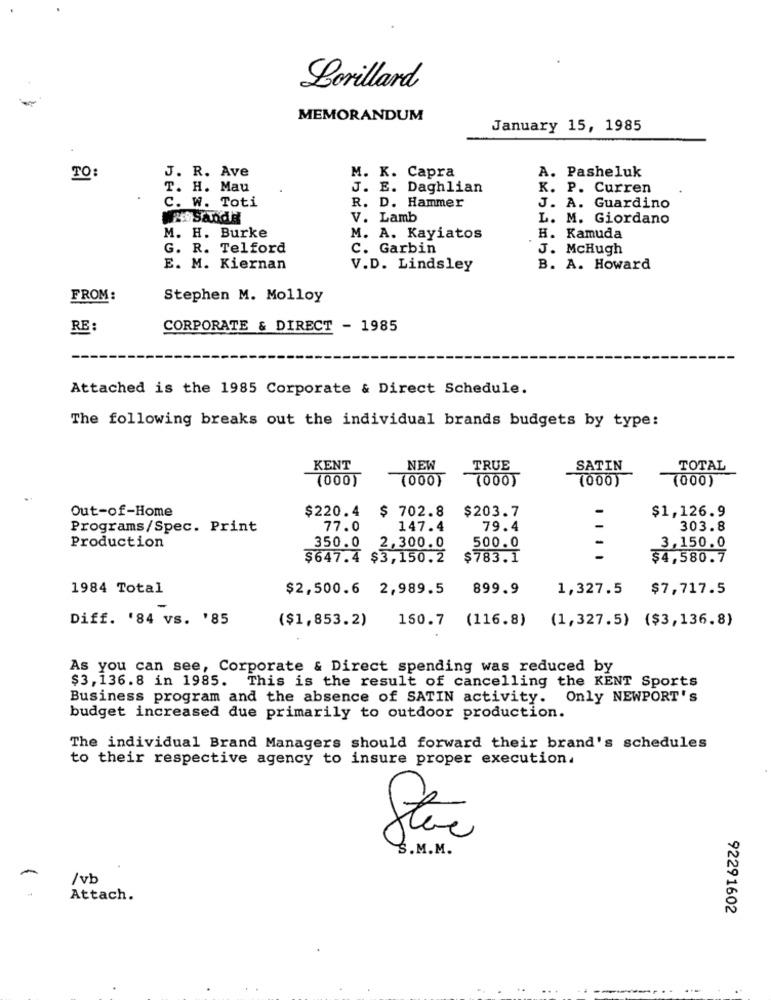
Lorillard
-
MEMORANDUM
January 15, 1985
TO:
J. R. Ave
M. K. Capra
A. Pasheluk
T. H. Mau
J. E. Daghlian
K. P. Curren
C. W. Toti
R. D. Hammer
J. A. Guardino
Sandit
V. Lamb
L. M. Giordano
M. H. Burke
M. A. Kayiatos
H. Kamuda
G. R. Telford
C. Garbin
J. McHugh
E. M. Kiernan
V.D. Lindsley
B. A. Howard
FROM:
Stephen M. Molloy
RE:
CORPORATE & DIRECT - 1985
Attached is the 1985 Corporate & Direct Schedule.
The following breaks out the individual brands budgets by type:
KENT
NEW
TRUE
SATIN
TOTAL
(000)
(000)
(000)
(000)
(000)
$ 702.8
$1,126.9
Out-of-Home
$220.4
$203.7
Programs/Spec. Print
77.0
147.4
79.4
303.8
Production
350.0
2,300.0
500.0
3,150.0
$647.4 $3,150.2
$783.1
$4,580.7
1984 Total
$2,500.6 2,989.5
899.9
1,327.5
$7,717.5
Diff. '84 vs. '85
($1,853.2)
150.7
(116.8)
(1,327.5) ($3,136.8)
As you can see, Corporate & Direct spending was reduced by
$3, 136.8 in 1985. This is the result of cancelling the KENT Sports
Business program and the absence of SATIN activity. Only NEWPORT's
budget increased due primarily to outdoor production.
The individual Brand Managers should forward their brand's schedules
to their respective agency to insure proper execution.
S.M.M.
-
/vb
Attach.
92291602
. .
..